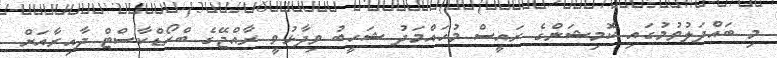
މި ބައްދަލުވުމުގައި ކޮމިޝަންގެ ރައީސް މުހައްމަދު ޝަހީބު ވިދާޅުވީ ރާއްޖޭގެ ބްރޯޑްކާސްޓް ދާއިރާއަށް